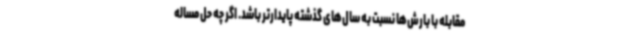
مقابله با بارش‌ها نسبت به سال‌های گذشته پایدارتر باشد. اگر چه حل مساله